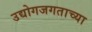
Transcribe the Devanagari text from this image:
उद्योगजगताच्या